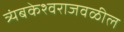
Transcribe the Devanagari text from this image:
त्र्यंबकेश्वराजवळील